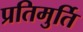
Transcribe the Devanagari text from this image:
प्रतिमुर्ति